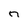
Character: n